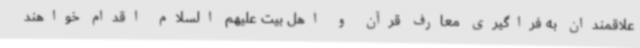
علاقمندان به فراگیری معارف قرآن و اهل بیت علیهم السلام اقدام خواهند